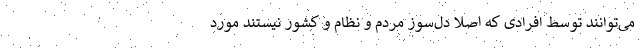
می‌توانند توسط افرادی که اصلا دل‌سوز مردم و نظام و کشور نیستند مورد